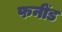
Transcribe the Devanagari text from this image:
फनींड